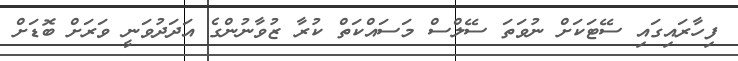
ފިހާރައިގައި ސޭޓަކަށް ނުވަތަ ސޭލްސް މަސައްކަތް ކުރާ ޒުވާނުންގެ އަދަދުވަނީ ވަރަށް ބޮޑަށް